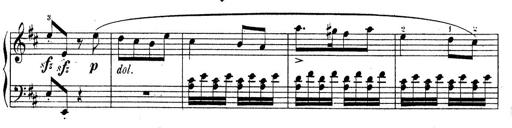
Title: Sonatine No.3
Composer: Peter Piel
Key: D major